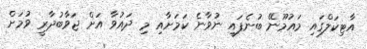
އާޓިކަލްގައި މައުމޫނޭ ބުނެފައި ނުވާނެ ކަމަށާއި މި ދައުވާ އަށް ޖަވާބުދާރީ ވުމަށް